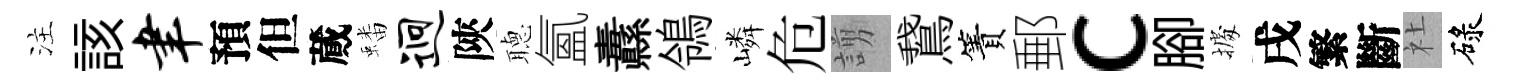
注該聿預但蕆蟠迥陝𦗟氳纛鴒嶙危謭鵞簀郵c腳𢴃戌繁斷社碌